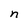
Character: n